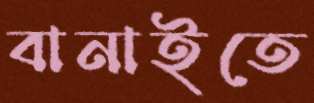
বানাইতে